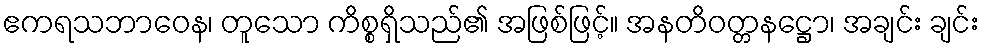
ဧကရသဘာဝေန၊ တူသော ကိစ္စရှိသည်၏ အဖြစ်ဖြင့်။ အနတိဝတ္တနဋ္ဌော၊ အချင်း ချင်း